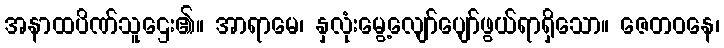
အနာထပိဏ်သူဌေး၏။ အာရာမေ၊ နှလုံးမွေ့လျော်ပျော်ဖွယ်ရာရှိသော။ ဇေတဝနေ၊